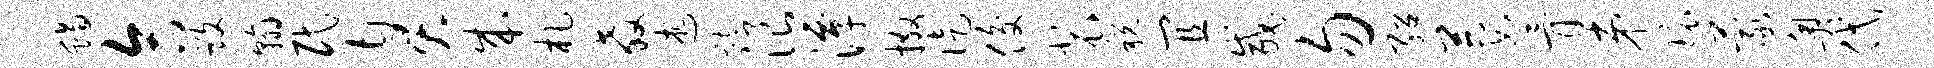
蝎合毁翰民臭成札教述踟浪潭撒徒俊裴税宜咸勿绍萋骨弟环蒙奥代